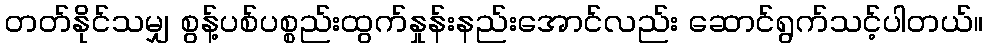
တတ်နိုင်သမျှ စွန့်ပစ်ပစ္စည်းထွက်နှုန်းနည်းအောင်လည်း ဆောင်ရွက်သင့်ပါတယ်။